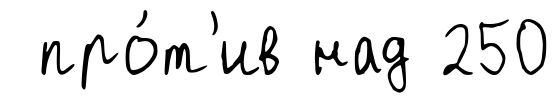
про́т'ив над 250